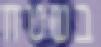
בשטח